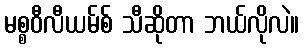
မစ္စဝီလီယမ်စ် သီဆိုတာ ဘယ်လိုလဲ။